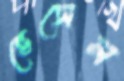
ভেসেল